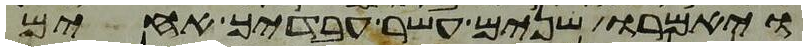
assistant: ויאמרו שנים עשר עבדיך אחים